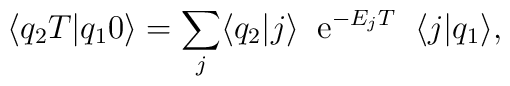
\langle q_2 T|q_10 \rangle = \sum_j \langle q_2|j \rangle \; \; \mbox{e}^{-E_jT} \; \;  \langle j|q_1 \rangle,